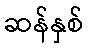
ဆန်နှစ်